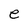
Character: e